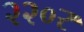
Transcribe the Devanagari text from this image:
२२०र